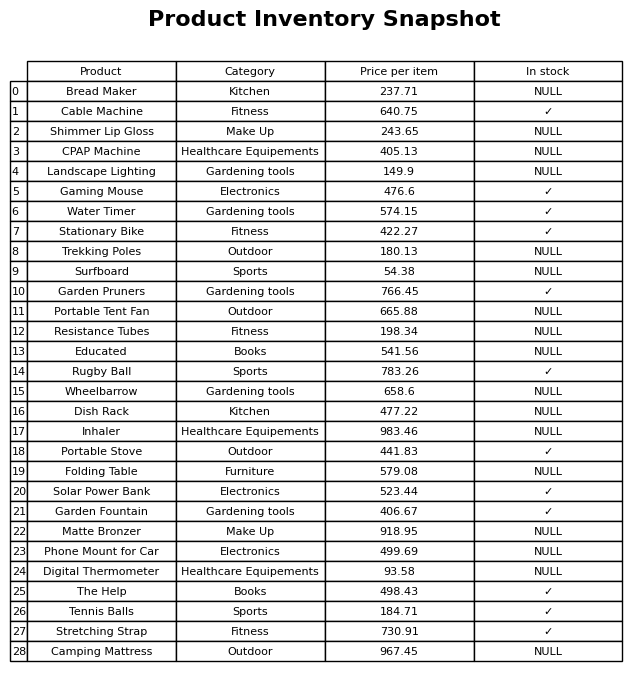
question: What is the price of the Wheelbarrow?
answer: The price of Wheelbarrow is 658.6.